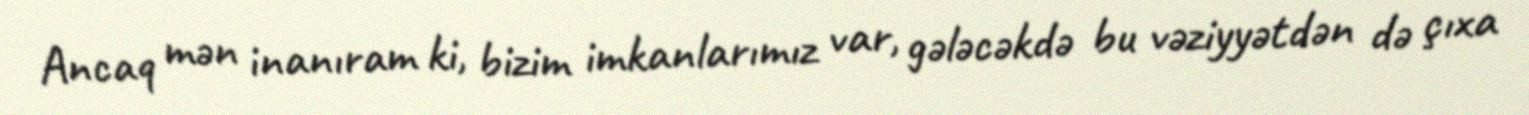
Ancaq mən inanıram ki, bizim imkanlarımız var, gələcəkdə bu vəziyyətdən də çıxa